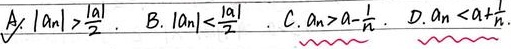
A. \(|a_{n}|>\frac{|a|}{2}\)。
B. \(|a_{n}|<\frac{|a|}{2}\)。
C. \(a_{n}>a - \frac{1}{n}\)。
D. \(a_{n}<a+\frac{1}{n}\)。